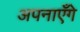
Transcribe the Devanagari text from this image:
अपनाएँगे